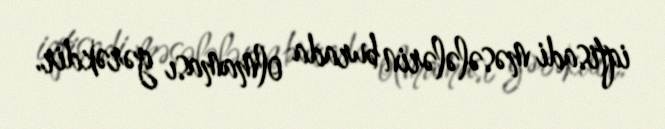
iqtisadi məsələlərin burada olmaması gərəkdir.